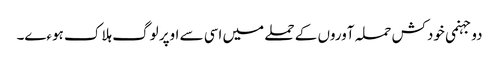
دو جہنمی خودکش حملہ آوروں کے حملے میں اسی سے اوپر لوگ ہلاک ہوءے۔